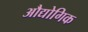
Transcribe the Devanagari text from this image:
औद्योगिक